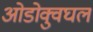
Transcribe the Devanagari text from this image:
ओडोक्वुघल